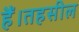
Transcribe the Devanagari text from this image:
हैं।तहसील